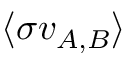
\langle \sigma v _ { A , B } \rangle